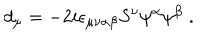
LaTeX: d _ { \mu } = - 2 i \epsilon _ { \mu \nu \alpha \beta } S ^ { \nu } \psi ^ { \alpha } \psi ^ { \beta } \; .